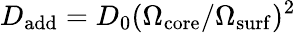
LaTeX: D_{\mathrm{add}}=D_{0}(\Omega_{\mathrm{core}}/\Omega_{\mathrm{surf}})^{2}